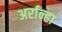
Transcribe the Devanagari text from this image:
अर्रान्हा